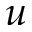
u